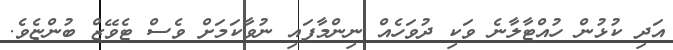
އަދި ކުޅުން ހުއްޓާލާނެ ވަކި ދުވަހެއް ނިންމާފައި ނުވާކަމަށް ވެސް ޓެވޭޒް ބުންޏެވެ.